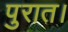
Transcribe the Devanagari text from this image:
पुरात।